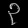
Digit: ၃